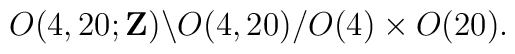
O(4,20;{\bf Z}) \backslash O(4,20) / O(4) \times O(20).